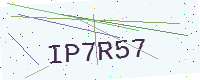
Text: IP7R57